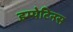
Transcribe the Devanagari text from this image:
इम्पेटिनस